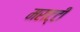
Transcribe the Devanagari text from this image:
मराट्टी